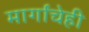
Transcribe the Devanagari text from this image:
मार्गांचेही